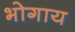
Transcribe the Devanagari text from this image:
भोगाय